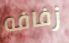
زفافه